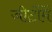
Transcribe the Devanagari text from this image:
जीटोंमें